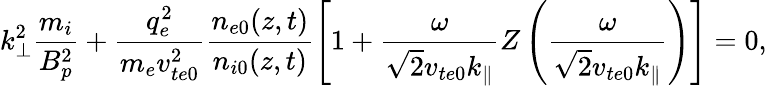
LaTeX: k_{\perp}^{2}\frac{m_{i}}{B_{p}^{2}}+\frac{q_{e}^{2}}{m_{e}v_{te0}^{2}}\frac{n_{e0}(z,t)}{n_{i0}(z,t)}\left[1+\frac{\omega}{\sqrt{2}v_{te0}k_{\parallel}}Z\left(\frac{\omega}{\sqrt{2}v_{te0}k_{\parallel}}\right)\right]=0,